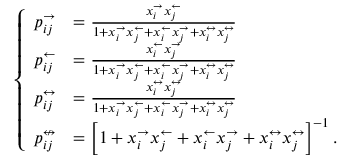
\left\{ \begin{array} { l l } { p _ { i j } ^ { \rightarrow } } & { = \frac { x _ { i } ^ { \rightarrow } x _ { j } ^ { \leftarrow } } { 1 + x _ { i } ^ { \rightarrow } x _ { j } ^ { \leftarrow } + x _ { i } ^ { \leftarrow } x _ { j } ^ { \rightarrow } + x _ { i } ^ { \leftrightarrow } x _ { j } ^ { \leftrightarrow } } } \\ { p _ { i j } ^ { \leftarrow } } & { = \frac { x _ { i } ^ { \leftarrow } x _ { j } ^ { \rightarrow } } { 1 + x _ { i } ^ { \rightarrow } x _ { j } ^ { \leftarrow } + x _ { i } ^ { \leftarrow } x _ { j } ^ { \rightarrow } + x _ { i } ^ { \leftrightarrow } x _ { j } ^ { \leftrightarrow } } } \\ { p _ { i j } ^ { \leftrightarrow } } & { = \frac { x _ { i } ^ { \leftrightarrow } x _ { j } ^ { \leftrightarrow } } { 1 + x _ { i } ^ { \rightarrow } x _ { j } ^ { \leftarrow } + x _ { i } ^ { \leftarrow } x _ { j } ^ { \rightarrow } + x _ { i } ^ { \leftrightarrow } x _ { j } ^ { \leftrightarrow } } } \\ { p _ { i j } ^ { \nleftrightarrow } } & { = \left[ 1 + x _ { i } ^ { \rightarrow } x _ { j } ^ { \leftarrow } + x _ { i } ^ { \leftarrow } x _ { j } ^ { \rightarrow } + x _ { i } ^ { \leftrightarrow } x _ { j } ^ { \leftrightarrow } \right] ^ { - 1 } . } \end{array} \right.